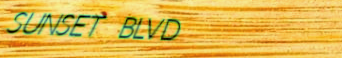
SUNSET BLVD